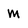
Character: m